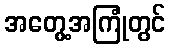
အတွေ့အကြုံတွင်